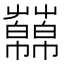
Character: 𧂥